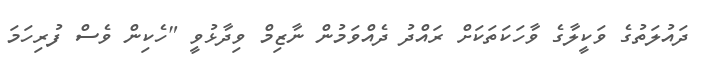
ދައުލަތުގެ ވަކީލާގެ ވާހަކަތަކަށް ރައްދު ދެއްވަމުން ނާޒިމް ވިދާޅުވީ "ހެކިން ވެސް ފުރިހަމަ